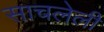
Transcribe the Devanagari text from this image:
साचलेली